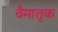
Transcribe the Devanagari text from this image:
वैमातृक